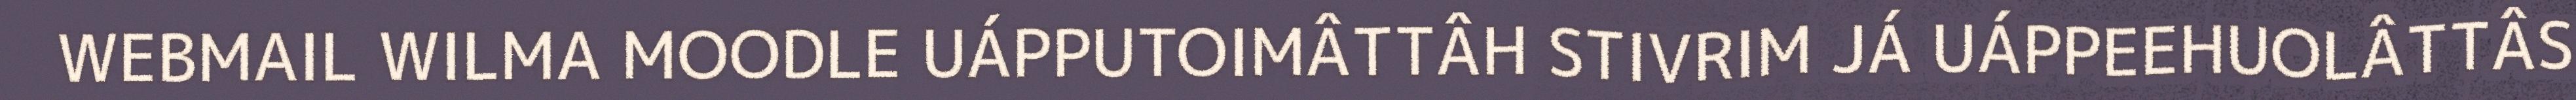
WEBMAIL WILMA MOODLE UÁPPUTOIMÂTTÂH STIVRIM JÁ UÁPPEEHUOLÂTTÂS